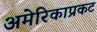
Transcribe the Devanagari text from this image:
अमेरिकाप्रकट